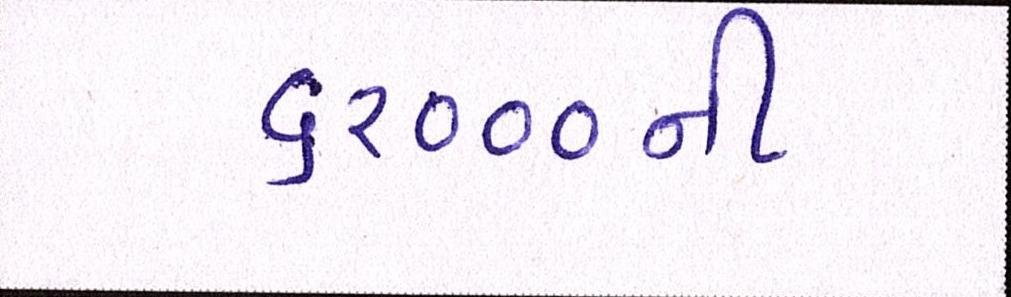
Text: ૬૨૦૦૦ની